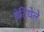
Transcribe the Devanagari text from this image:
बेटियेले